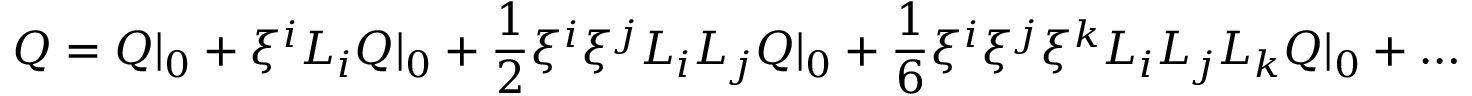
Q = Q | _ { 0 } + \xi ^ { i } { \cal L } _ { i } Q | _ { 0 } + \frac 1 2 \xi ^ { i } \xi ^ { j } { \cal L } _ { i } { \cal L } _ { j } Q | _ { 0 } + \frac 1 6 \xi ^ { i } \xi ^ { j } \xi ^ { k } { \cal L } _ { i } { \cal L } _ { j } { \cal L } _ { k } Q | _ { 0 } + \ldots